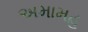
અમામહ